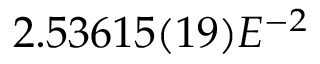
2 . 5 3 6 1 5 ( 1 9 ) E ^ { - 2 }